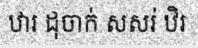
ឋារ ដុចាក់ សសរ់ ឋិរ